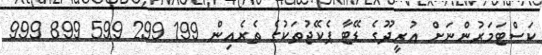
ކަސްޓަމަރުންނަށް އުރީދޫގެ ޑޭޓާ ޕެކޭޖުތަކުގެ ތެރެއިން 199 299 599 899 999